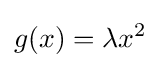
g(x)=\lambda x^{2}